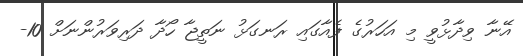
އޭނާ ވިދާޅުވީ މި އަހަރުގެ ފެއާގައި ރަނގަޅު ނަތީޖާ ހޯދާ ދަރިވަރުންނަށް 10-